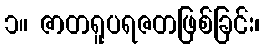
၁။ ဇာတရူပရဇတဖြစ်ခြင်း၊